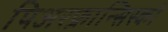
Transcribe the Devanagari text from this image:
पिअरफ्रान्सिस्को